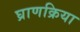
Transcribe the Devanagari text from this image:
घ्राणक्रिया